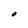
Character: O